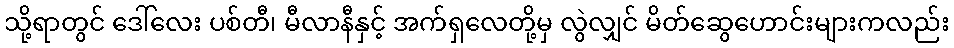
သို့ရာတွင် ဒေါ်လေး ပစ်တီ၊ မီလာနီနှင့် အက်ရှလေတို့မှ လွဲလျှင် မိတ်ဆွေဟောင်းများကလည်း